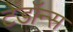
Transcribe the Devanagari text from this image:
टेंडॉन्स